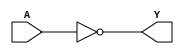
`timescale 1ns / 1ps
//////////////////////////////////////////////////////////////////////////////////
// Company: 
// Engineer: 
// 
// Design Name: 
// Module Name:    NOTgate 
// Project Name: 
// Target Devices: 
// Tool versions: 
// Description: 
//
// Dependencies: 
//
// Revision: 
// Revision 0.01 - File Created
// Additional Comments: 
//
//////////////////////////////////////////////////////////////////////////////////
module NOTgate(
    input A,
    output Y
    );

assign Y= ~A;
endmodule